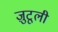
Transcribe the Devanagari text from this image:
ज़ुटूली